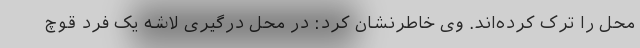
محل را ترک کرده‌اند. وی خاطرنشان کرد: در محل درگیری لاشه یک فرد قوچ